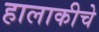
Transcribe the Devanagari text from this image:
हालाकीचे